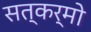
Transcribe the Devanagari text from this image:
सत्कर्मो